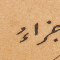
جزاءُ